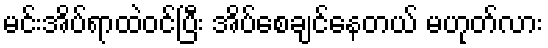
မင်းအိပ်ရာထဲဝင်ပြီး အိပ်စေချင်နေတယ် မဟုတ်လား